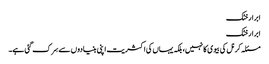
ابرارخٹک
ابرار خٹک
مسئلہ کرنل کی بیوی کا نہیں،بلکہ یہاں کی اکثریت اپنی بنیادو ں سے سِرک گئی ہے۔